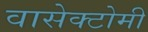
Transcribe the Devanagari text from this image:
वासेक्टोमी